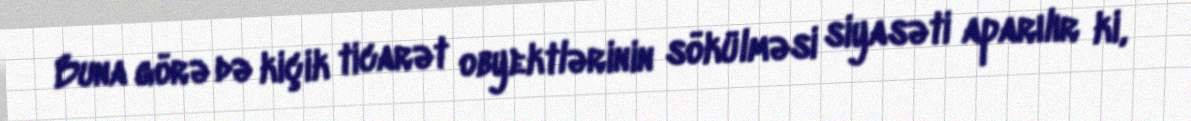
Buna görə də kiçik ticarət obyektlərinin sökülməsi siyasəti aparılır ki,